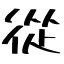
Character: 從